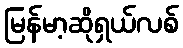
မြန်မာ့ဆိုရှယ်လစ်